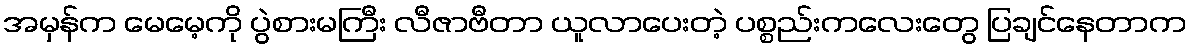
အမှန်က မေမေ့ကို ပွဲစားမကြီး လီဇာဗီတာ ယူလာပေးတဲ့ ပစ္စည်းကလေးတွေ ပြချင်နေတာက